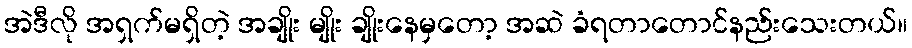
အဲဒီလို အရှက်မရှိတဲ့ အချိုး မျိုး ချိုးနေမှတော့ အဆဲ ခံရတာတောင်နည်းသေးတယ်။